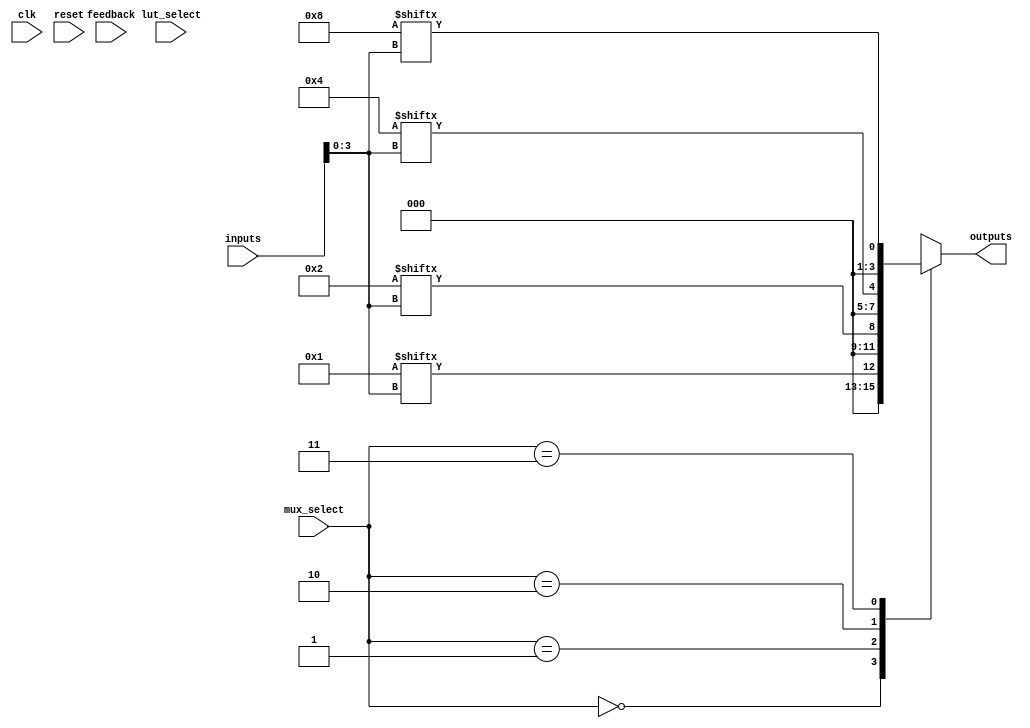
module CLB (
    input wire [7:0] inputs,        // 8 input lines
    input wire [1:0] lut_select,    // Select signal for LUTs
    input wire [1:0] mux_select,     // Select signal for output multiplexer
    input wire feedback,             // Feedback input
    input wire clk,                  // Global clock signal
    input wire reset,                // Global reset signal
    output wire [3:0] outputs        // 4 output lines
);

// LUTs (4-input LUTs)
reg [15:0] lut0; // LUT0 truth table
reg [15:0] lut1; // LUT1 truth table
reg [15:0] lut2; // LUT2 truth table
reg [15:0] lut3; // LUT3 truth table

// LUT outputs
wire lut_out0;
wire lut_out1;
wire lut_out2;
wire lut_out3;

// Feedback mechanism
reg feedback_reg;

// Initialize LUT truth tables (example configurations)
initial begin
    lut0 = 16'b0000000000000001; // Example: AND function
    lut1 = 16'b0000000000000010; // Example: OR function
    lut2 = 16'b0000000000000100; // Example: NOT function
    lut3 = 16'b0000000000001000; // Example: XOR function
end

// LUT functionality
assign lut_out0 = lut0[inputs[3:0]];
assign lut_out1 = lut1[inputs[3:0]];
assign lut_out2 = lut2[inputs[3:0]];
assign lut_out3 = lut3[inputs[3:0]];

// Feedback mechanism
always @(posedge clk or posedge reset) begin
    if (reset) begin
        feedback_reg <= 1'b0;
    end else begin
        feedback_reg <= feedback; // Store feedback for next cycle
    end
end

// Output multiplexer
reg [3:0] mux_out;
always @(*) begin
    case (mux_select)
        2'b00: mux_out = {3'b000, lut_out0}; // Select LUT0 output
        2'b01: mux_out = {3'b000, lut_out1}; // Select LUT1 output
        2'b10: mux_out = {3'b000, lut_out2}; // Select LUT2 output
        2'b11: mux_out = {3'b000, lut_out3}; // Select LUT3 output
        default: mux_out = 4'b0000;          // Default case
    endcase
end

// Final outputs
assign outputs = mux_out;

endmodule